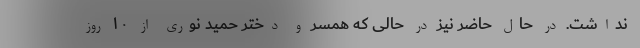
نداشت. در حال حاضر نیز در حالی که همسر و دختر حمید نوری از ۱۰ روز